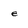
Character: e